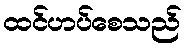
ထင်ဟပ်စေသည်